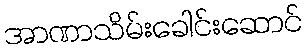
အာဏာသိမ်းခေါင်းဆောင်